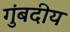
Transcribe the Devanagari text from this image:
गुंबदीय